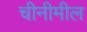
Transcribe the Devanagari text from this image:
चीनीमील